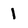
Character: 1